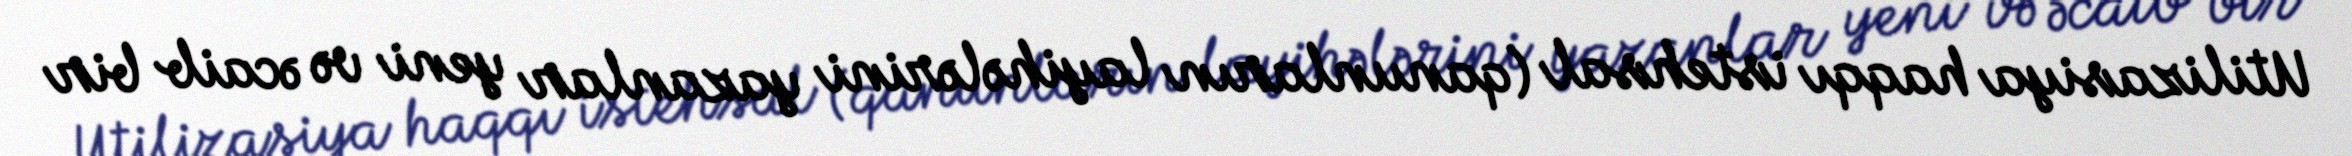
Utilizasiya haqqı istehsal (qanunların layihələrini yazanlar yeni və əcaib bir